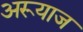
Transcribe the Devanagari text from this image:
अरूयाज